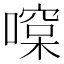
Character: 𠾯